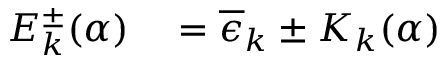
\begin{array} { r l } { E _ { k } ^ { \pm } ( \alpha ) } & { { } = \overline { { \epsilon } } _ { k } \pm K _ { k } ( \alpha ) } \end{array}